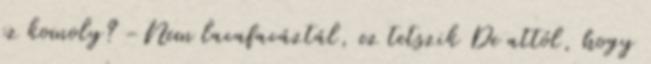
ez komoly? -Nem lacafacáztál, ez tetszik De attól, hogy